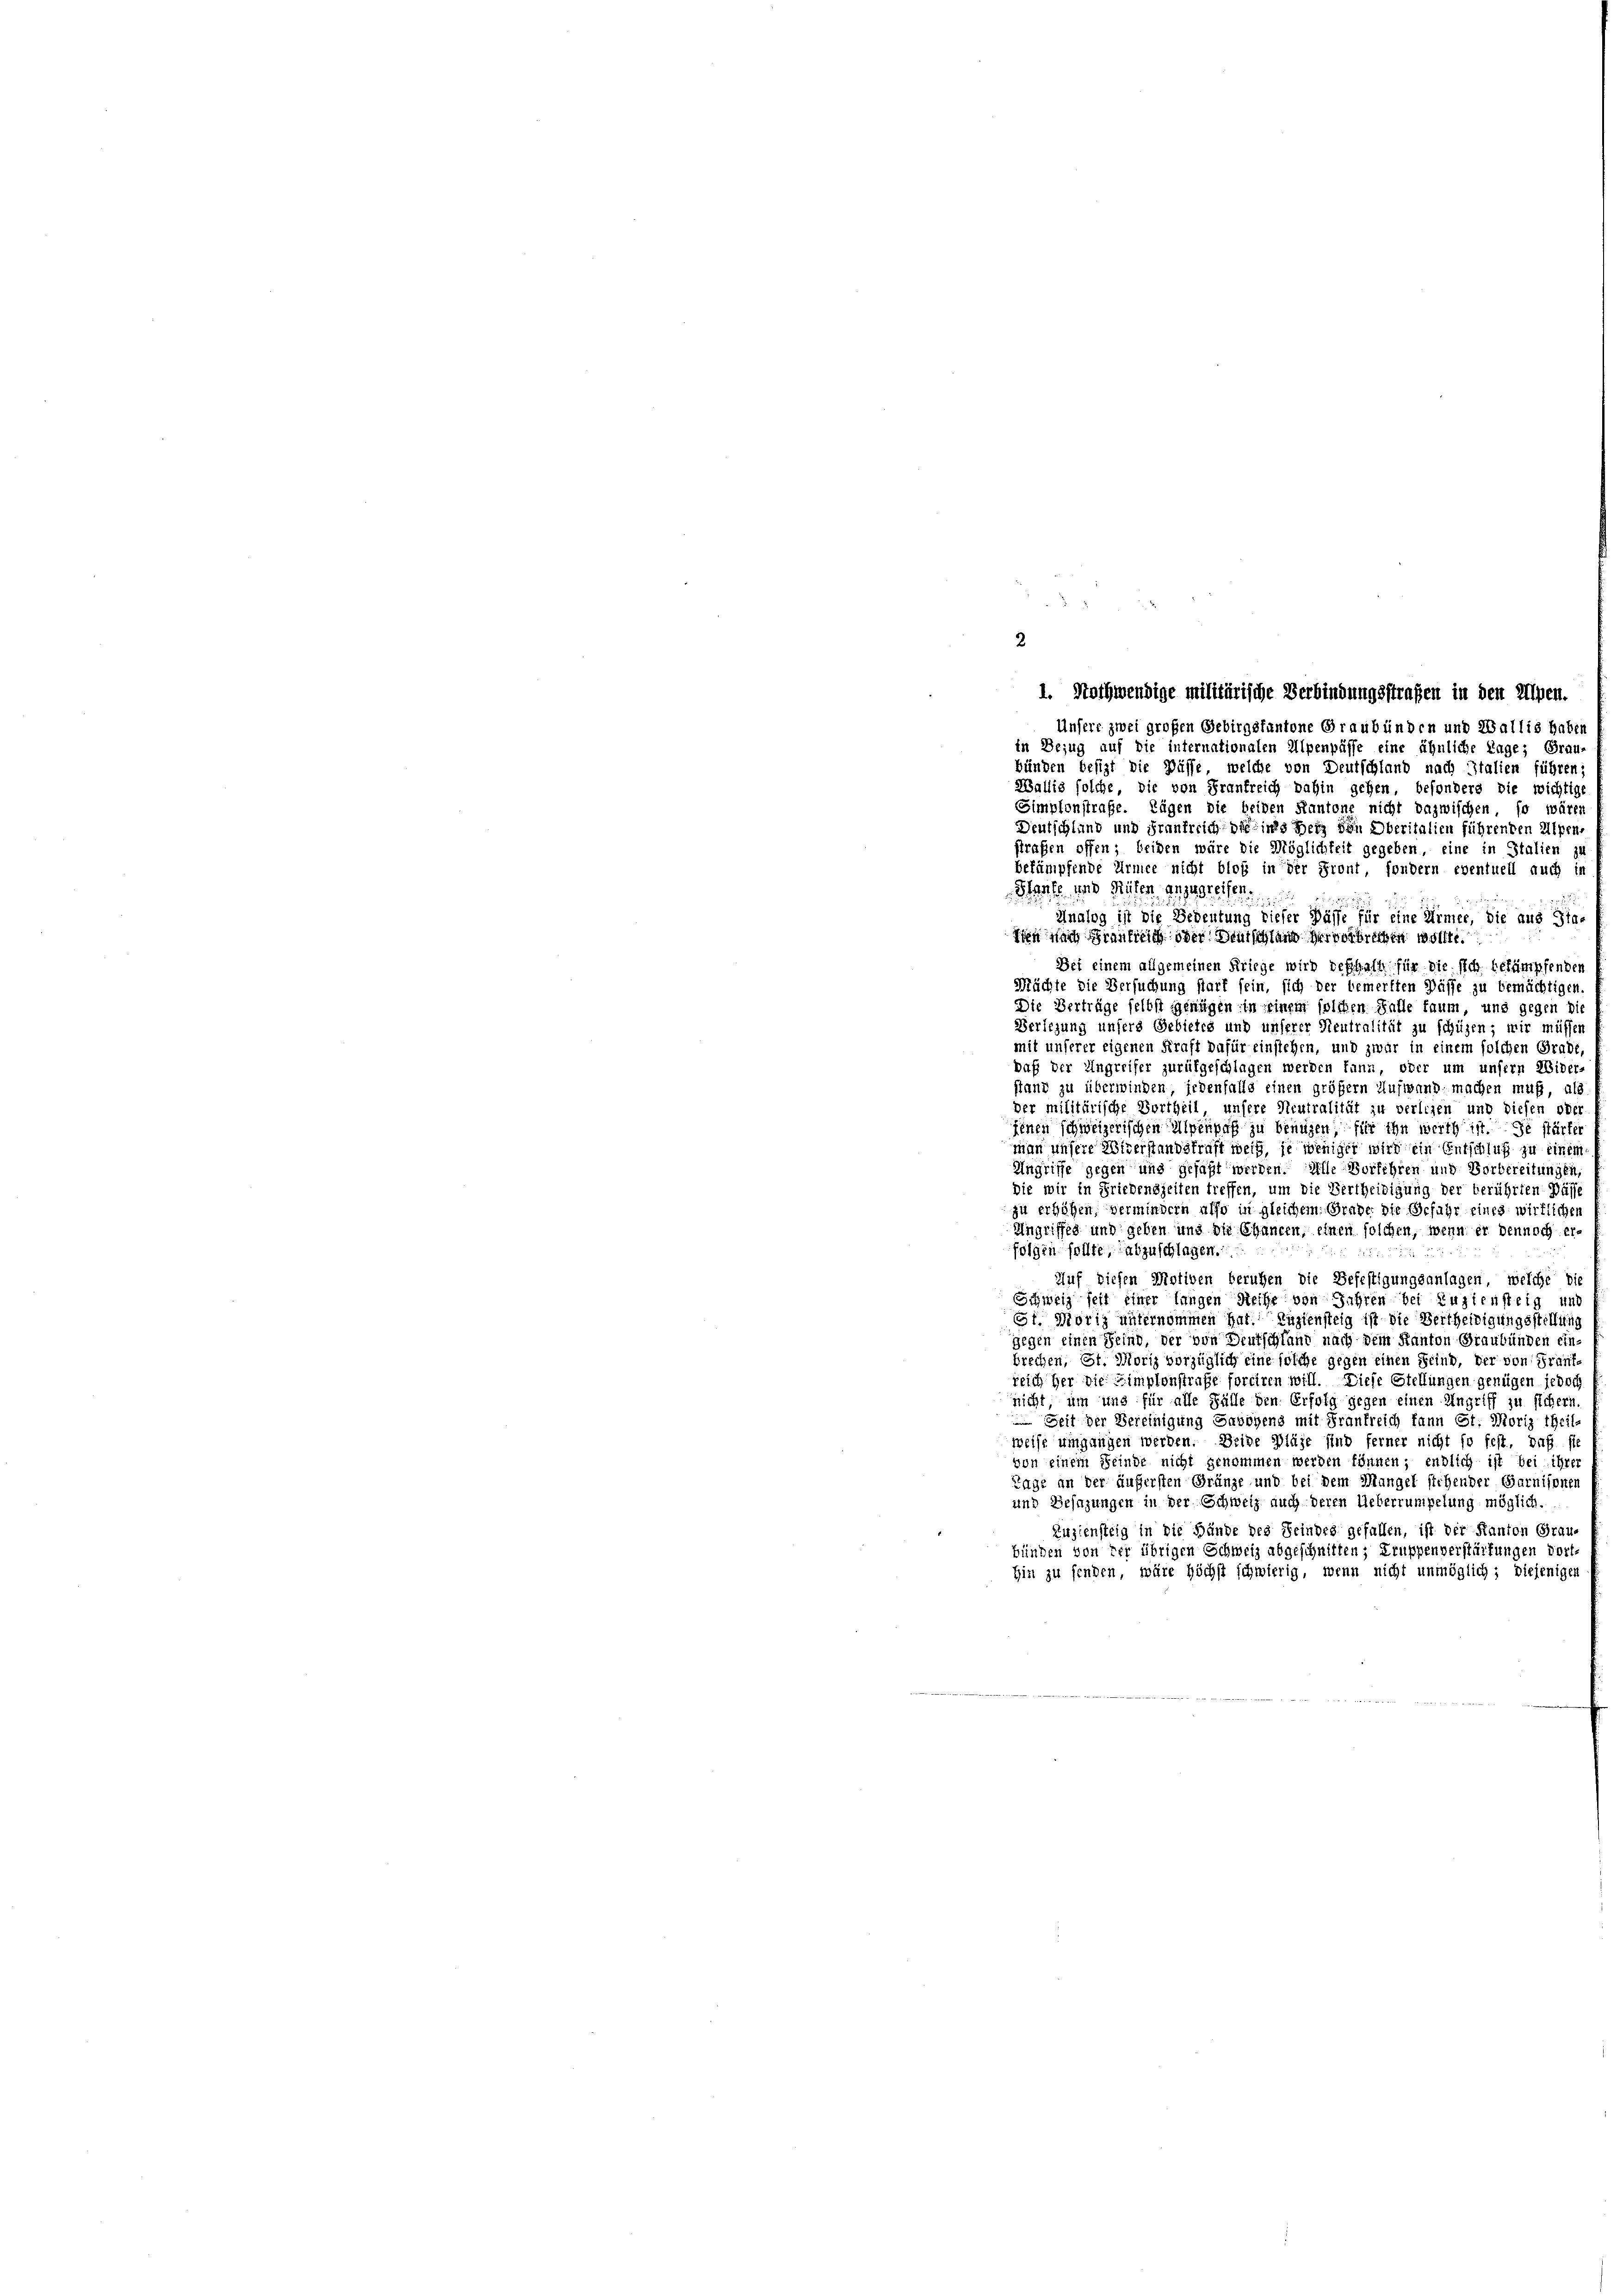
Unsere zwei großen Gebirgskantone Graubünden und Wallis haben
in Bezug auf die internationalen Alpenpässe eine ähnliche Lage; Grau-
bünden besizt die Pässe, welche von Deutschland nach Italien führen,
Wallis solche, die von Frankreich dahin gehen, besondere die wichtige
Simplonstraße. Tägen die beiden Kantone nicht dazwischen, so wären
Deutschland und Frankreich die ins der von Oberitalien führenden Alpen-
strafen offen; beiden wäre die Möglichkeit gegeben, eine in Italien zu
bekämpfende Armee nicht bloß in der Front, sondern eventuell auch in
Slaufe und Guten anzugreifen.
Analog ist die Bedeutung dieser Pässe für eine Armee, die aus Sta-
Vieh nach Frankreich oder Deutschland hervorbrechen wollte
Bei einem allgemeinen Kriege wird deshalt für die sich behümpfenden
Mächte die Versuchung start sein, sich der bemerkten Wässe zu bemächtigen.
Die Verträge selbst genügen in seinem solchen Falle faum, und gegen die
Verlegung unsers Gebietes und unserer Neutralität zu schüzen; wir müssen
mit unserer eigenen Kraft dafür einstehen, und zwar in einem solchen Grade,
daß der Ungreifer zurükgeschlagen werden kann, oder um unsern Wider-
stand zu überwinden jedenfalls einen größer Aufwand machen muß, als
der militärische Vortheil unsere Neutralität zu verlegen und diesen ober
jenen schweizerischen Alpenpaß zu benuzen, für ihn werth ist de stärker
man unsere Miterstandstraft weit, je weniger wird ein Entschluß zu einen
Ungriffe gegen uns gefaßt werden. Alle Vorlehren und Vorbereitungen,
die wir in Friedenszeiten treffen, um die Bertheidigung der berührten Pässe
zu erhöhen, vermindern also in gleichem Grade die Gefahr eines wirklichen
Ungriffes und geben und die Chancen, einen solchen, wenn er dennoch erfolgen sollte, abzuschlagen.
Auf diesen Motiven beruhen die Befestigungsanlagen, welche bis
Schweiz seit einer langen Reihe von Jahren bei Zuziensteig und
St. Moriz unternommen hat. Zuziensteig ist die Bertheidigungsstellung
gegen einen Feind, der von Deutschland nach dem Kanton Graubünden ein
brechen, St. Moriz vorzüglich eine solche gegen einen Stind, der von Frantreich her die Limplonstraße forciren will. Diese Stellungen genügen jedoch
nicht, um uns für alle Fälle den Erfolg gegen einen Angriff zu sichern
 Seit der Bereinigung Enbögens mit Frankreich kann Est, Moriz theil-
weise umgangen werden. Deine Bläge sind ferner nicht so fest, daß sie
von einem Feinde nicht genommen werden können; endlich ist bei ihrer
Tage an der äußersten Gränze und bei dem Mangel stehender Garnisonen
und Besazungen in der Schweiz auch deren Ueberrumpelung möglich.
Zuziensteig in die Hände des Feindes gefallen, ist der Kanton Grau-
bünden von der übrigen Schweiz abgeschnitten; Truppenverstärkungen dorthin zu finden, wäre höchst schwierig, wenn nicht unmöglich; diejenigen

2

1. Nothwendige militärische Verbindungsstrafen in den Alpen.